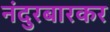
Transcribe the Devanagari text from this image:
नंदुरबारकर